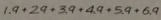
1 . 9 + 2 . 9 + 3 . 9 + 4 . 9 + 5 . 9 + 6 . 9